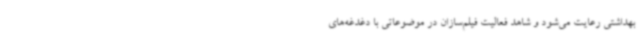
بهداشتی رعایت می‌شود و شاهد فعالیت فیلم‌سازان در موضوعاتی با دغدغه‌های